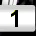
Digit: 1